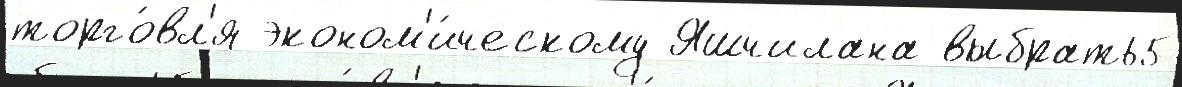
торго́вл'я эконом'и́ческому Яшчилана выбрать5